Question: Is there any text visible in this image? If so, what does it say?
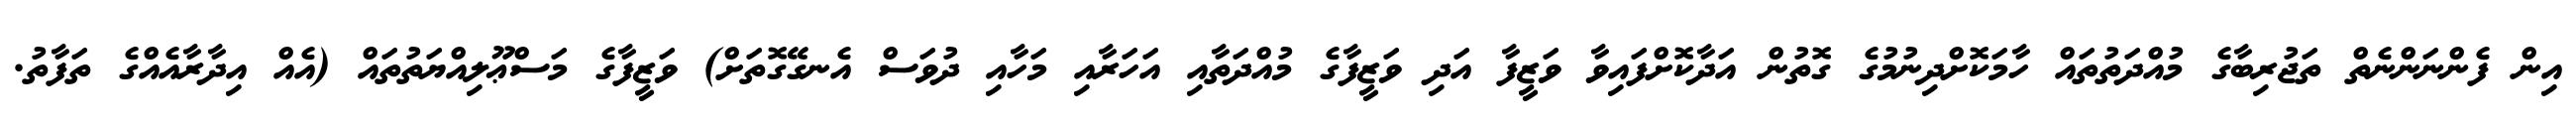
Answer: އިން ފެންނަންނެތް ތަޖުރިބާގެ މުއްދަތުތައް ހާމަކޮށްދިނުމުގެ ގޮތުން އަދާކޮށްފައިވާ ވަޒީފާ އަދި ވަޒީފާގެ މުއްދަތާއި އަހަރާއި މަހާއި ދުވަސް އެނގޭގޮތަށް) ވަޒީފާގެ މަސްޢޫލިއްޔަތުތައް (އެއް އިދާރާއެއްގެ ތަފާތު.